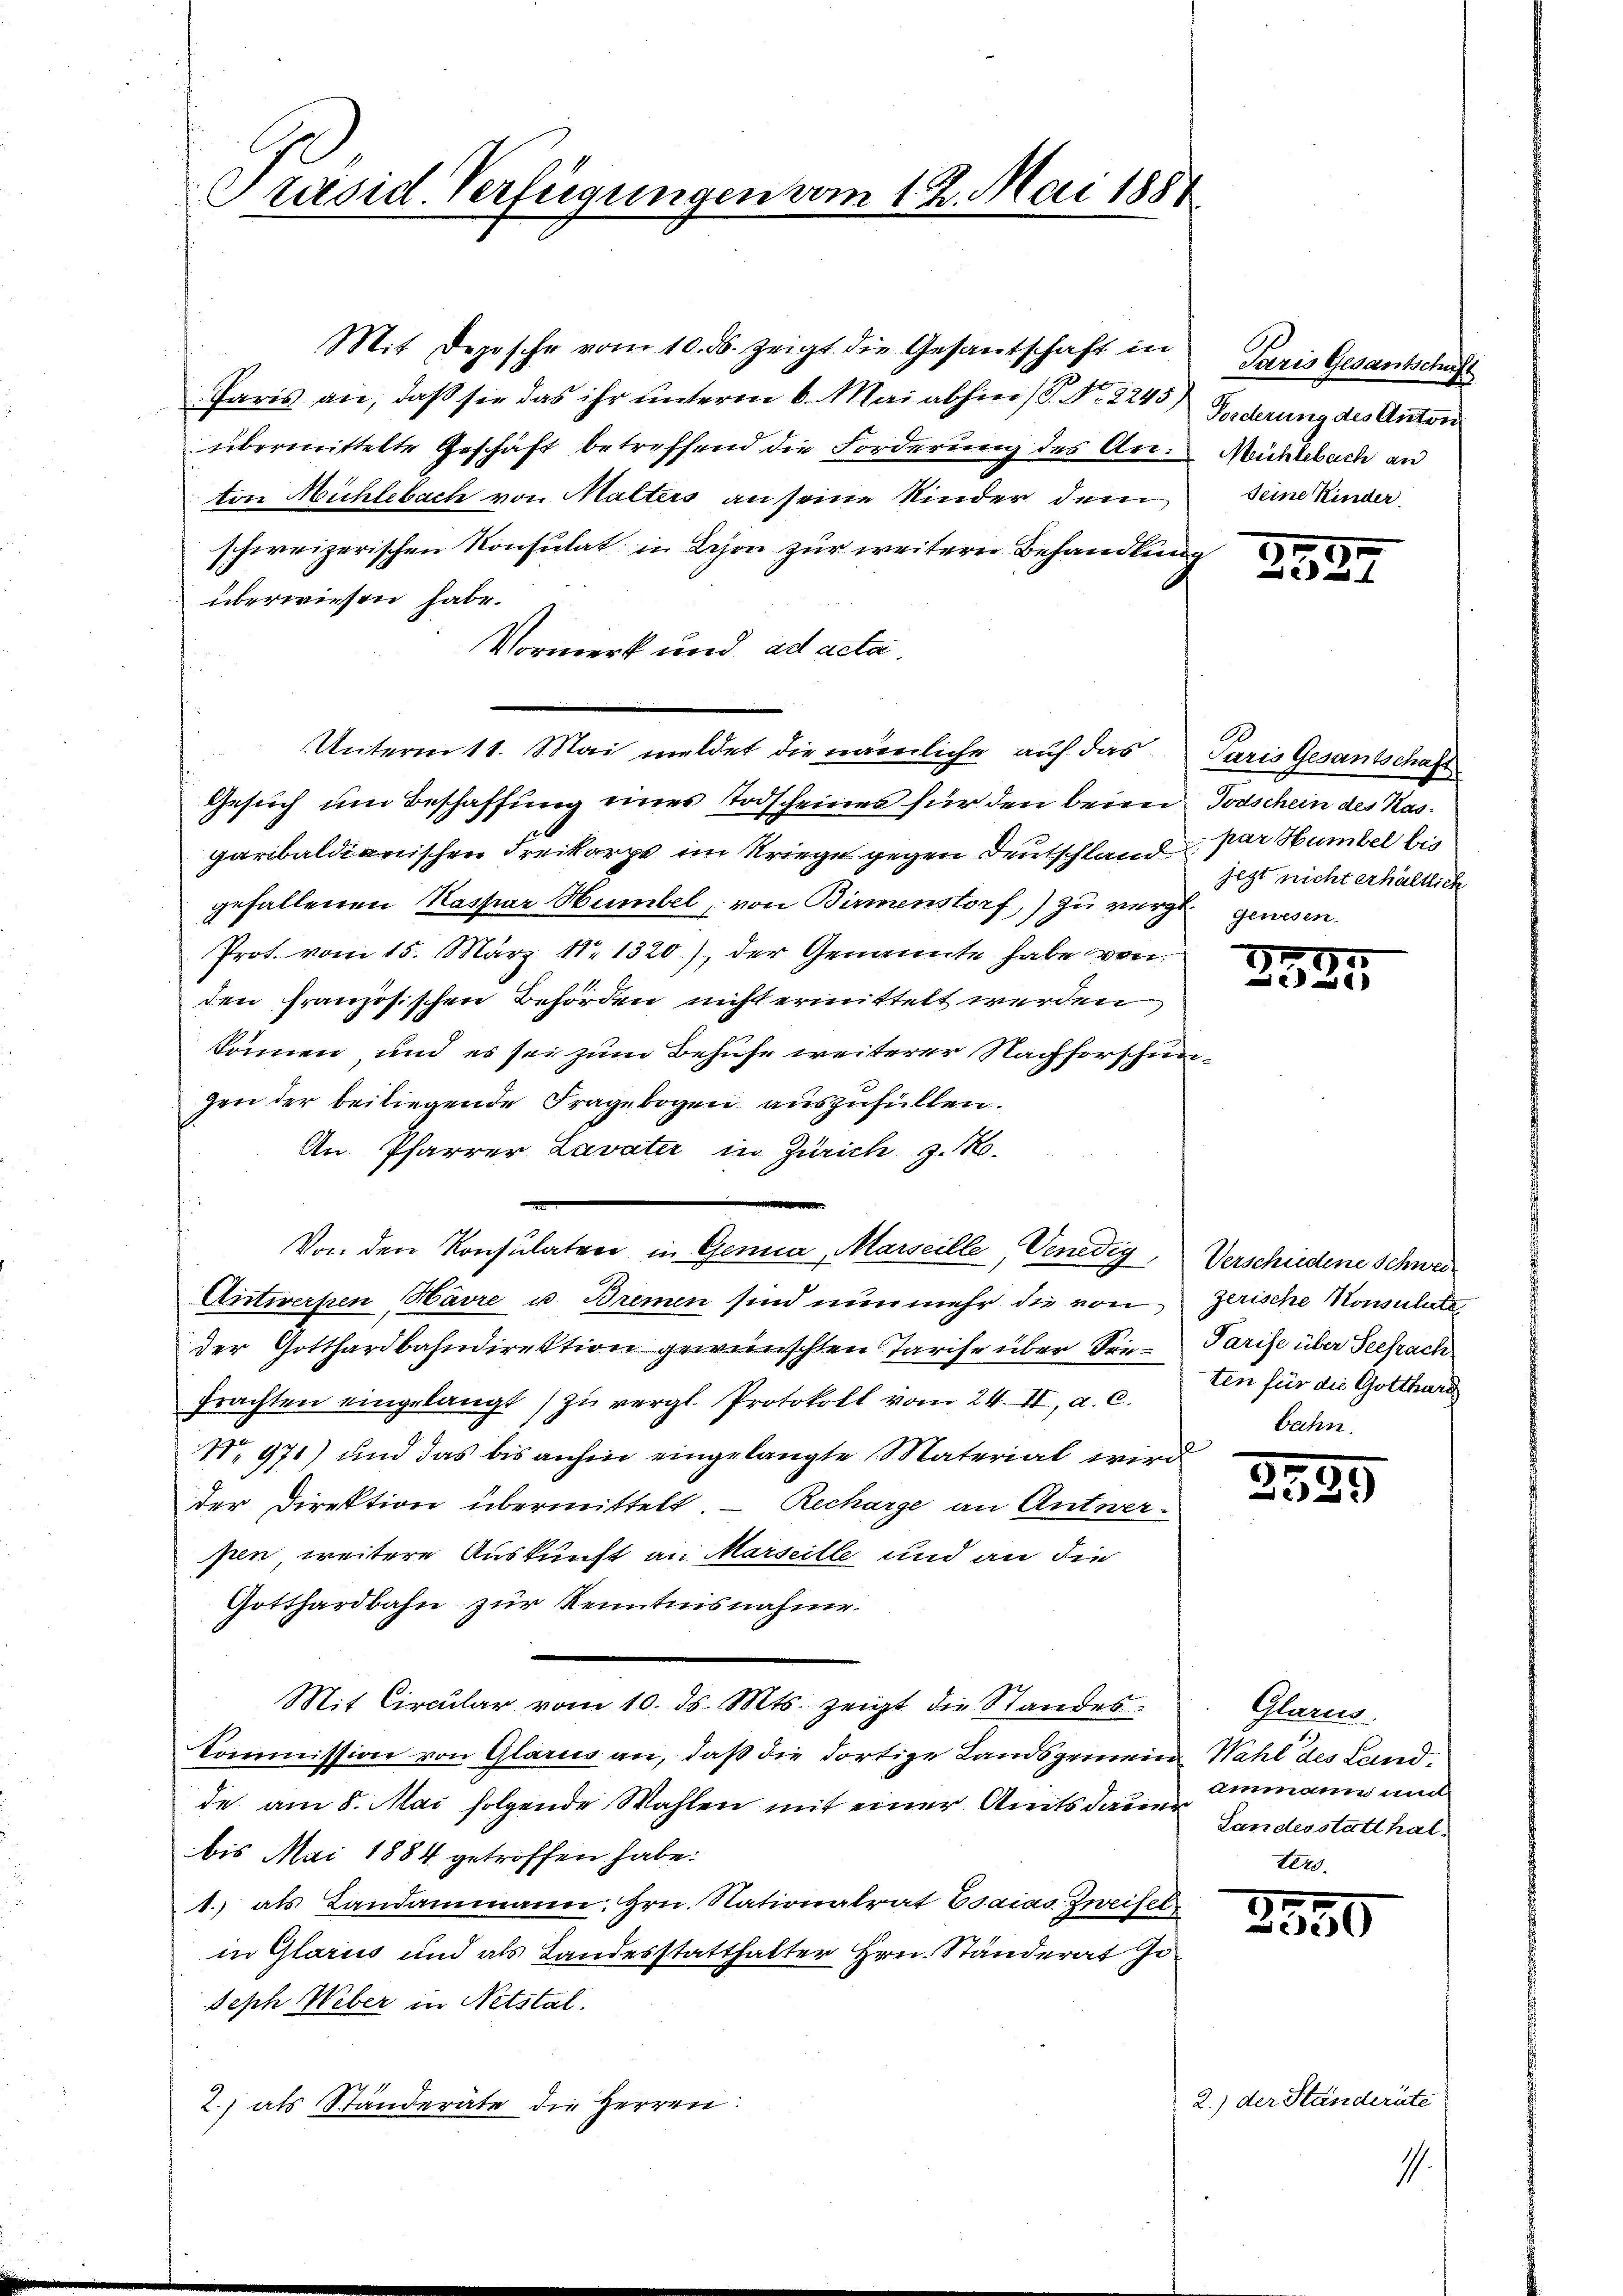
Präsid. Verfügungen vom 12. Mai 1881

Mit Depesche vom 10. ds. zeigt die Gesantschaft in
Paris an, daß sie das ihr unterm 6. Mai abhin ( P. Nr. 2245) Gescherung des Anton
übermittelte Geschäft betreffend die Forderung des An-Mühlebach an
ton Mühlebach von Malters an seine Kinder dem
schweizerischen Konsulat in Leon zur weitere Behandlung
überwiesen habe.
Vormerk und ad acta.
Unterm 11. Mai meldet die nämerliche auf das Paris Gesantschaft
Gesuch um Beschaffung eines Todscheines für den beim Todschein des Kasgaribaldianischen Freikarpe im Kriege gegen Deutschland par Humbel bis
gefallenen Kassiar Humbel, von Birmenstorf, zu würgt genesen.
Prot. vom 15. März 18. 1320), der Genannte habe von
den französischen Behörden nicht ermittelt werden
können, und es sei zum Behufe weiterer Nachforschungen der beiliegende Fragebogen auszufüllen.
An Pfarrer Lavater in Zürich z. B.
Von den Konsulaten in Genua, Marseille, Venedig, Verschiedene Schwei¬
Antwerpen Havre u Bremen sind nunmehr die von Zerische Konsulate
der Gotthardbahndirektion gewünschten Tarife über Sen- Parise über Seesach
frachten eingelangt zŭ vergl. Protokoll vom 24. II. a. c.
No 971) und das bis anhin eingelangte Material wird
der Direktion übermittelt. - Recharge an Antwer-
pen, weitere Auskunft an Marseille und an die
Gotthardbahn zur Kenntnisnahme.
Mit Circular vom 10. ds. Mts. zeigt die Standes-
Kommission von Glarus an, daß die dortige Landsgemein Wahl des Landde am 8. Mai folgende Wahlen mit einer Amtsdauer
bis Mai 1884 getroffen habe.
1. als Landammann, Hrn. Nationalrat Esaias Zweifel
in Glarus und als Landesstatthalter Hrn. Ständerat Jo¬
Seph Weber in Netstal.
2.) als Ständeräte die Herren:

Paris Gesantschaft
seine Kinder

355.

jezt nicht erhältlich

2525

ten für die Gotthard
bahn.

3385

Glarus.
ammann und
Landesstatthal¬

17
)

2.) der Ständeräte

1